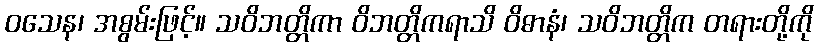
ဝသေန၊ အစွမ်းဖြင့်။ သဝိဘတ္တိကာ ဝိဘတ္တိကရာသိ ဝိဓာနံ၊ သဝိဘတ္တိက တရားတို့ကို